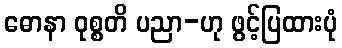
ဓောနာ ဝုစ္စတိ ပညာ-ဟု ဖွင့်ပြထားပုံ